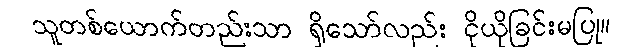
သူတစ်ယောက်တည်းသာ ရှိသော်လည်း ငိုယိုခြင်းမပြု။